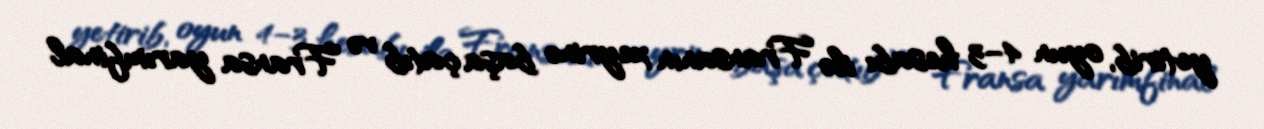
yetirib, oyun 4–3 hesabı ilə Fransanın xeyrinə başa çatıb və Fransa yarımfinal